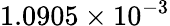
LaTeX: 1.0905\times 10^{-3}